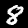
Digit: 8